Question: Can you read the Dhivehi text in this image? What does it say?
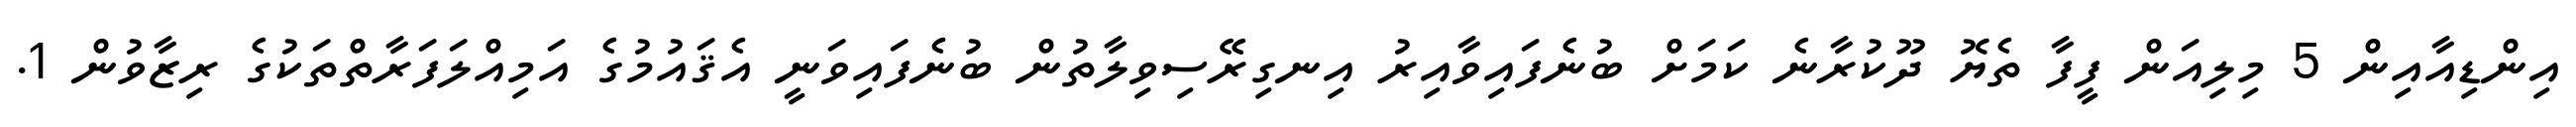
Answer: އިންޑިއާއިން 5 މިލިއަން ފީފާ ތެޔޮ ދޫކުރާނެ ކަމަށް ބުނެފައިވާއިރު އިނގިރޭސިވިލާތުން ބުނެފައިވަނީ އެޤައުމުގެ އަމިއްލަފަރާތްތަކުގެ ރިޒާވުން 1.